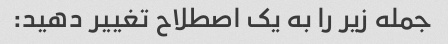
جمله زیر را به یک اصطلاح تغییر دهید: